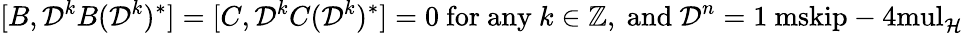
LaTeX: [B,\mathcal{D}^{k}B(\mathcal{D}^{k})^{*}]=[C,\mathcal{D}^{k}C(\mathcal{D}^{k})^{*}]=0\mathrm{~for~any~}k\in{\mathord{\mathbb Z}},\mathrm{~and~}\mathcal{D}^{n}={\mathchoice{\mathrm{1\ mskip-4mul}}{\mathrm{1\ mskip-4mul}}{\mathrm{1\ mskip-4.5mul}}{\mathrm{1\ mskip-5mul}}}_{\mathcal{H}}